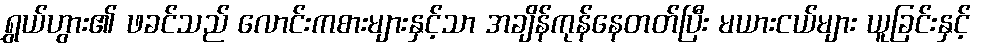
ရွှယ်ဟွား၏ ဖခင်သည် လောင်းကစားများနှင့်သာ အချိန်ကုန်နေတတ်ပြီး မယားငယ်များ ယူခြင်းနှင့်